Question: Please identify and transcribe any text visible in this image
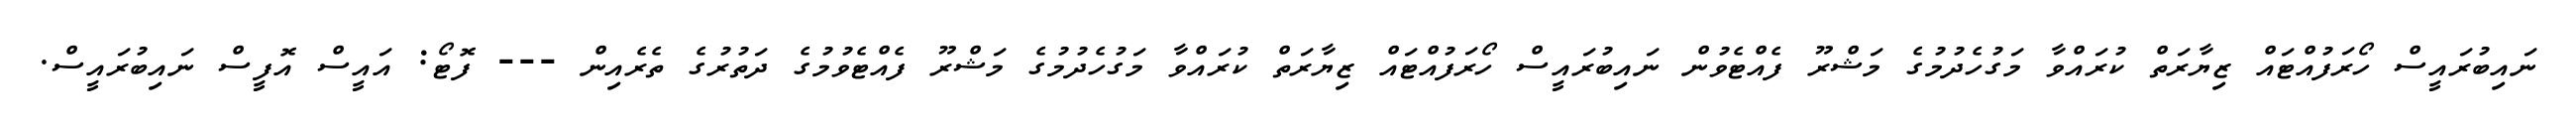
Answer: ނައިބުރައީސް ހޯރަފުއްޓައް ޒިޔާރަތް ކުރައްވާ މަގުހެދުމުގެ މަޝްރޫ ފެއްޓެވުން ނައިބުރައީސް ހޯރަފުއްޓައް ޒިޔާރަތް ކުރައްވާ މަގުހެދުމުގެ މަޝްރޫ ފެއްޓެވުމުގެ ދަތުރުގެ ތެރެއިން --- ފޮޓޯ: އައީސް އޮފީސް ނައިބުރައީސް.